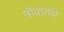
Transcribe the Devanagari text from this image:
त्रोवातोरे